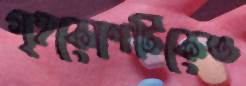
গৃহকোণটিকেও